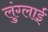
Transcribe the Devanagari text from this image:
लुंग्लाई